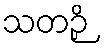
သတဉှိ